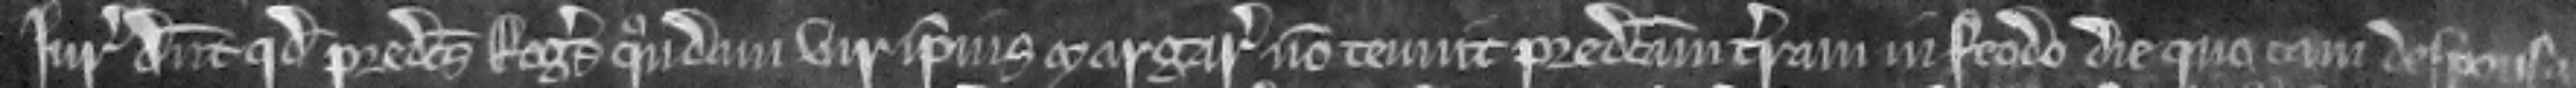
Juratores dicunt quod predictus Rogerus quondam vir ipsius Margarete non tenuit predictam terram in feodo die quo eam desponsavit